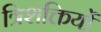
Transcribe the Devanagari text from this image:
त्रिशक्तियों